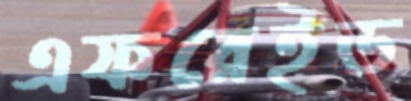
এফরেইড